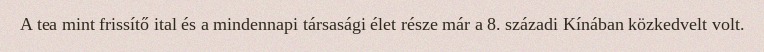
A tea mint frissítő ital és a mindennapi társasági élet része már a 8. századi Kínában közkedvelt volt.